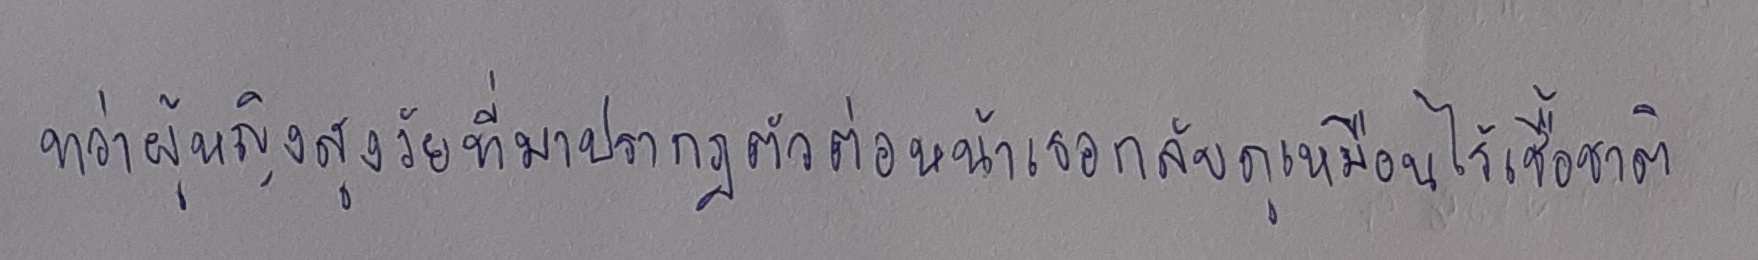
ทว่าผู้หญิงสูงวัยที่มาปรากฏตัวต่อหน้าเธอกลับดูเหมือนไร้เชื้อชาติ